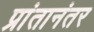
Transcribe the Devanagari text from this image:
प्रांतानंतर